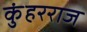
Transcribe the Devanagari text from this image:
कुंहरराज